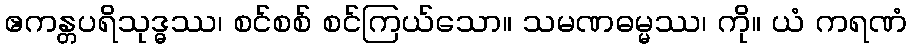
ဧကန္တပရိသုဒ္ဓဿ၊ စင်စစ် စင်ကြယ်သော။ သမဏဓမ္မဿ၊ ကို။ ယံ ကရဏံ